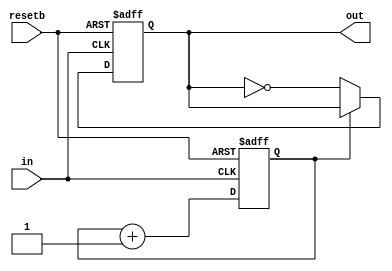
`timescale 1ns / 1ps
//////////////////////////////////////////////////////////////////////////////////
//
// Design Name:
// Module Name: fsic_clock
// Project Name:
// Target Devices:
// Tool Versions:
// Description:
//
// Dependencies:
//
// Revision:
// Revision 0.01 - File Created
// Additional Comments:
//
//////////////////////////////////////////////////////////////////////////////////
//20230710
// 2. use counter + FF
//20230710
// 1. using counter to avoid hold time issue when using 2 x clk->q delay from the clk.

`define USE_BLOCK_ASSIGNMENT 1




module fsic_clock_div (
	in, out, resetb
);
	input in;			// input clock
	input resetb;		// asynchronous reset (sense negative)
	output out;			// divided output clock

	reg clk_out;
	assign out = clk_out;
	reg cnt;	 // use 1 bit for support div4

	always @(posedge in or negedge resetb) begin
		if ( !resetb ) begin
		  cnt <= 0;
		end		  
		else  begin
			cnt <= cnt + 1;
		end
	end

`ifdef 	USE_BLOCK_ASSIGNMENT

//for use block assigmnet to avoid race condition in simulation

	always @(posedge in or negedge resetb) begin
		if ( !resetb ) begin
		  clk_out = 1;
		end		  
		else  begin
			if ( cnt == 0 ) clk_out = ~clk_out;
			else clk_out = clk_out;
		end
	end

`else	  //USE_BLOCK_ASSIGNMENT

//for use non-block assigmnet

	always @(posedge in or negedge resetb) begin
		if ( !resetb ) begin
		  clk_out <= 1;
		end		  
		else  begin
			if ( cnt == 0 ) clk_out <= ~clk_out;
			else clk_out <= clk_out;
		end
	end

`endif 		//USE_BLOCK_ASSIGNMENT

endmodule